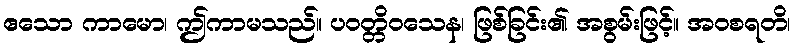
ဧသော ကာမော၊ ဤကာမသည်။ ပဝတ္တိဝသေန၊ ဖြစ်ခြင်း၏ အစွမ်းဖြင့်။ အဝစရတိ၊